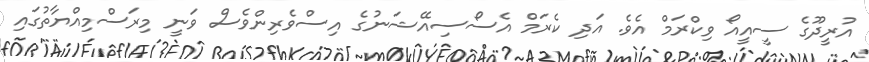
އުރީދޫގެ ސީއީއޯ ވިކްރަމް އެވެ. އަދި ކެރަމް އެސޯސިއޭޝަނުގެ އިސްވެރިންވެސް ވަނީ މިރަސްމިއްޔާތުގައި